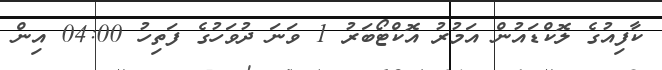
ކާފިއުގެ ލޮކްޑައުން އަމުރު އޮކްޓޯބަރު 1 ވަނަ ދުވަހުގެ ފަތިހު 04:00 އިން